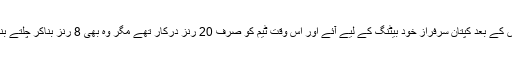
جس کے بعد کپتان سرفراز خود بیٹنگ کے لیے آئے اور اس وقت ٹیم کو صرف 20 رنز درکار تھے مگر وہ بھی 8 رنز بناکر چلتے بنے۔